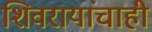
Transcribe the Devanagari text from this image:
शिवरायांचाही